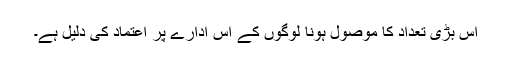
اس بڑی تعداد کا موصول ہونا لوگوں کے اس ادارے پر اعتماد کی دلیل ہے۔